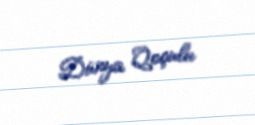
Dünya Qoçulu